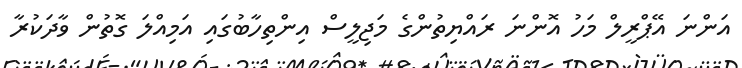
އަންނަ އޭޕްރީލް މަހު އޮންނަ ރައްޔިތުންގެ މަޖިލީސް އިންތިހާބުގައި އަމިއްލަ ގޮތުން ވާދަކުރާ